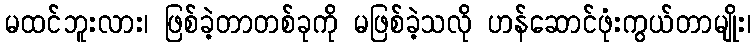
မထင်ဘူးလား၊ ဖြစ်ခဲ့တာတစ်ခုကို မဖြစ်ခဲ့သလို ဟန်ဆောင်ဖုံးကွယ်တာမျိုး၊